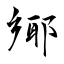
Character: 鄊